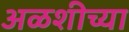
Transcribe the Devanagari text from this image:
अळशीच्या